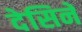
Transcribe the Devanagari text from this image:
देसिने